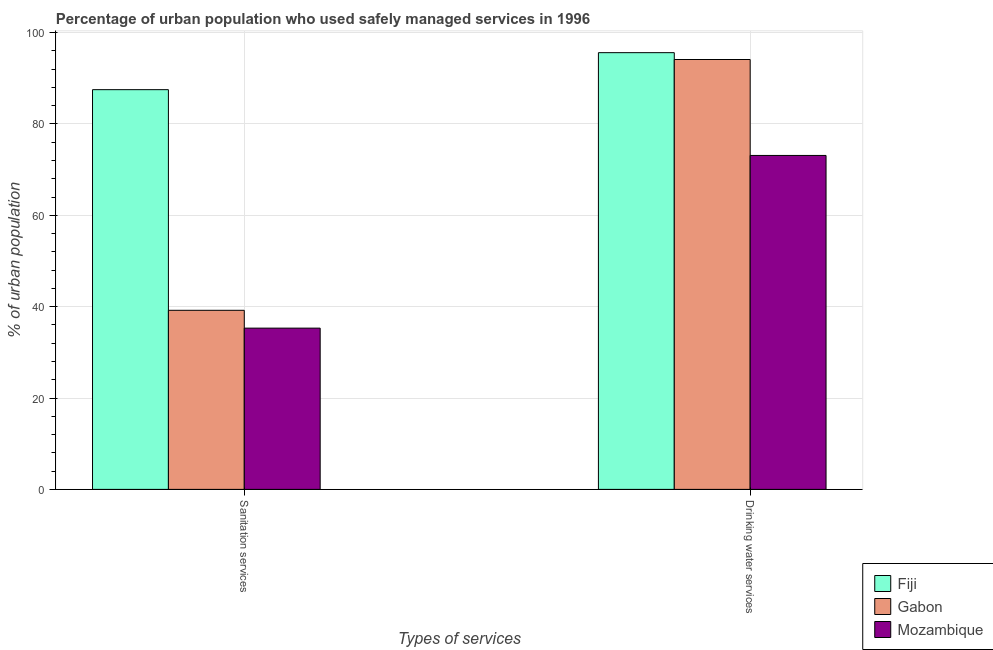
| Types of services | Fiji | Gabon | Mozambique |
 | --- | --- | --- | --- |
 | Sanitation services | 87.5 | 39.2 | 35.3 |
 | Drinking water services | 95.6 | 94.1 | 73.1 |